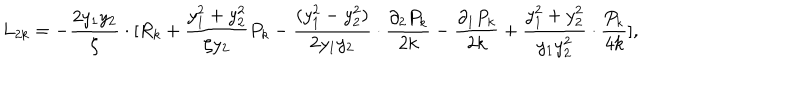
L _ { 2 k } = - \frac { 2 y _ { 1 } y _ { 2 } } { \zeta } \cdot [ R _ { k } + \frac { y _ { 1 } ^ { 2 } + y _ { 2 } ^ { 2 } } { \zeta y _ { 2 } } P _ { k } - \frac { ( y _ { 1 } ^ { 2 } - y _ { 2 } ^ { 2 } ) } { 2 y _ { 1 } y _ { 2 } } \cdot \frac { \partial _ { 2 } P _ { k } } { 2 k } - \frac { \partial _ { 1 } P _ { k } } { 2 k } + \frac { y _ { 1 } ^ { 2 } + y _ { 2 } ^ { 2 } } { y _ { 1 } y _ { 2 } ^ { 2 } } \cdot \frac { P _ { k } } { 4 k } ] ,